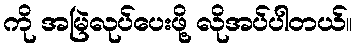
ကို အမြဲလုပ်ပေးဖို့ လိုအပ်ပါတယ်။